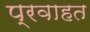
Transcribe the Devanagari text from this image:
प्रवाहत